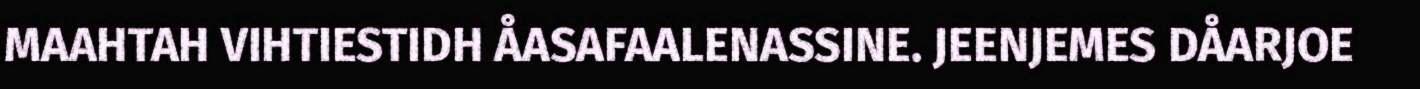
MAAHTAH VIHTIESTIDH ÅASAFAALENASSINE. JEENJEMES DÅARJOE